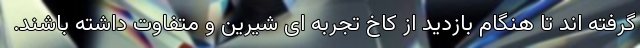
گرفته اند تا هنگام بازدید از کاخ تجربه ای شیرین و متفاوت داشته باشند.